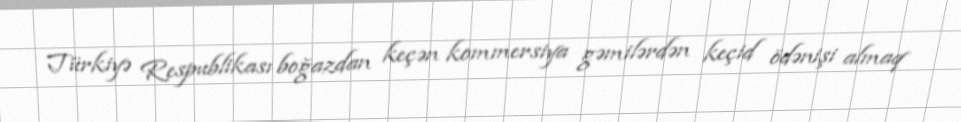
Türkiyə Respublikası boğazdan keçən kommersiya gəmilərdən keçid ödənişi almaq